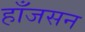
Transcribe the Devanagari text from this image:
हाँजसन